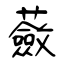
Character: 蘞